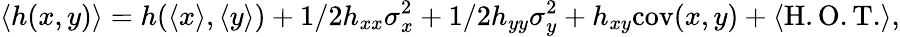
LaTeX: \langle h(x,y)\rangle=h(\langle x\rangle,\langle y\rangle)+1/2h_{xx}\sigma_{x}^{2}+1/2h_{yy}\sigma_{y}^{2}+h_{xy}\mathrm{cov}(x,y)+\langle\mathrm{H.O.T.}\rangle,